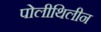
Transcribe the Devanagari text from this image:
पोलीथिलीन